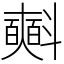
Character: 𣂏